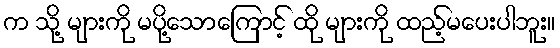
က သို့ များကို မပို့သောကြောင့် ထို များကို ထည့်မပေးပါဘူး။